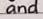
and